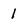
Character: 1